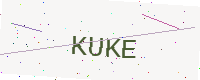
Text: KUKE